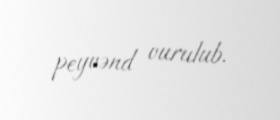
peyvənd vurulub.